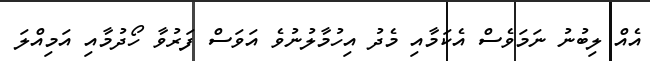
އެއް ލިބުނު ނަމަވެސް އެކަމާއި މެދު އިހުމާލުނުވެ އަވަސް ފަރުވާ ހޯދުމާއި އަމިއްލަ